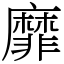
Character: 靡